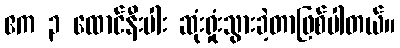
ဧက ၃ ထောင်နီးပါး ဆုံးရှုံးသွားခဲ့တာဖြစ်ပါတယ်။